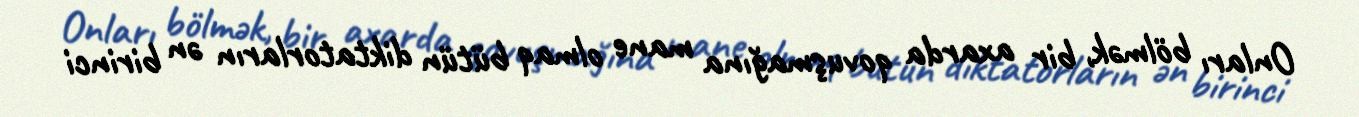
Onları bölmək, bir axarda qovuşmağına mane olmaq bütün diktatorların ən birinci